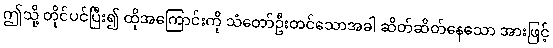
ဤသို့ တိုင်ပင်ပြီး၍ ထိုအကြောင်းကို သံတော်ဦးတင်သောအခါ ဆိတ်ဆိတ်နေသော အားဖြင့်